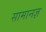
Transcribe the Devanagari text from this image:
सामानज्ञ